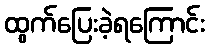
ထွက်ပြေးခဲ့ရကြောင်း